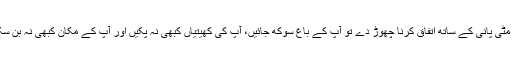
اگر مٹی پانی کے ساتھ اتفاق کرنا چھوڑ دے تو آپ کے باغ سوکھ جائیں، آپ کی کھیتیاں کبھی نہ پکیں اور آپ کے مکان کبھی نہ بن سکیں۔